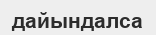
дайындалса